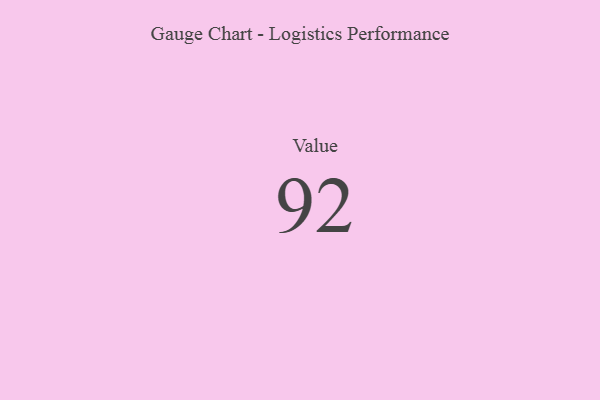
{"axis": {"x": "Metric", "y": "Value"}, "legend": [""], "data": [{"x": "Value", "y": 92, "type": ""}]}